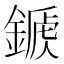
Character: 𨪾